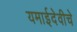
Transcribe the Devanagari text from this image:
यमाईदेवीचे